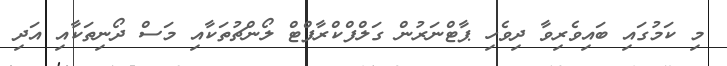
މި ކަމުގައި ބައިވެރިވާ ދިވެހި ޕާޓްނަރުން ގަލްފްކްރާފްޓް ލޯންޗުތަކާއި މަސް ދޯނިތަކާއި އަދި